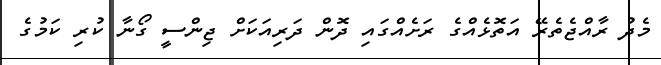
މެދު ރާއްޖެތެރޭ އަތޮޅެއްގެ ރަށެއްގައި ދޮން ދަރިއަކަށް ޖިންސީ ގޯނާ ކުރި ކަމުގެ